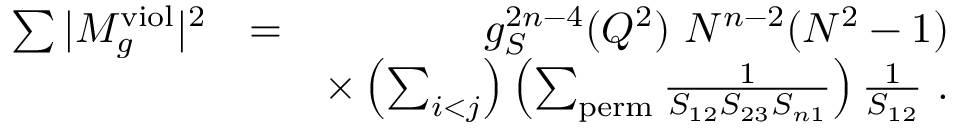
\begin{array} { r l r } { \sum \vert M _ { g } ^ { \mathrm { v i o l } } \vert ^ { 2 } } & { = } & { g _ { S } ^ { 2 n - 4 } ( Q ^ { 2 } ) ~ N ^ { n - 2 } ( N ^ { 2 } - 1 ) } \\ & { } & { \times \left( \sum _ { i < j } \right) \left( \sum _ { \mathrm { p e r m } } \frac { 1 } { S _ { 1 2 } S _ { 2 3 } S _ { n 1 } } \right) \frac { 1 } { S _ { 1 2 } } ~ . } \end{array}